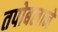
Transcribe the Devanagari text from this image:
तपोबलाने